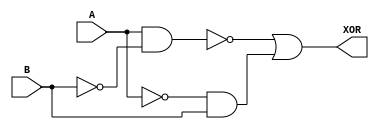
module XOR_gate (
    input A, B,
    output XOR
);

assign XOR = ~(A & ~B) | (~A & B);

endmodule